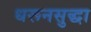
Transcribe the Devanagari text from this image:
धरूनसुद्धा